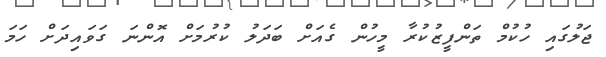
ޖަލުގައި ހުކުމް ތަންފީޒުކުރާ މީހުން ގެއަށް ބަދަލު ކުރުމަށް އޮންނަ ގަވައިދަށް ހަމަ